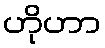
ဟိုဟာ